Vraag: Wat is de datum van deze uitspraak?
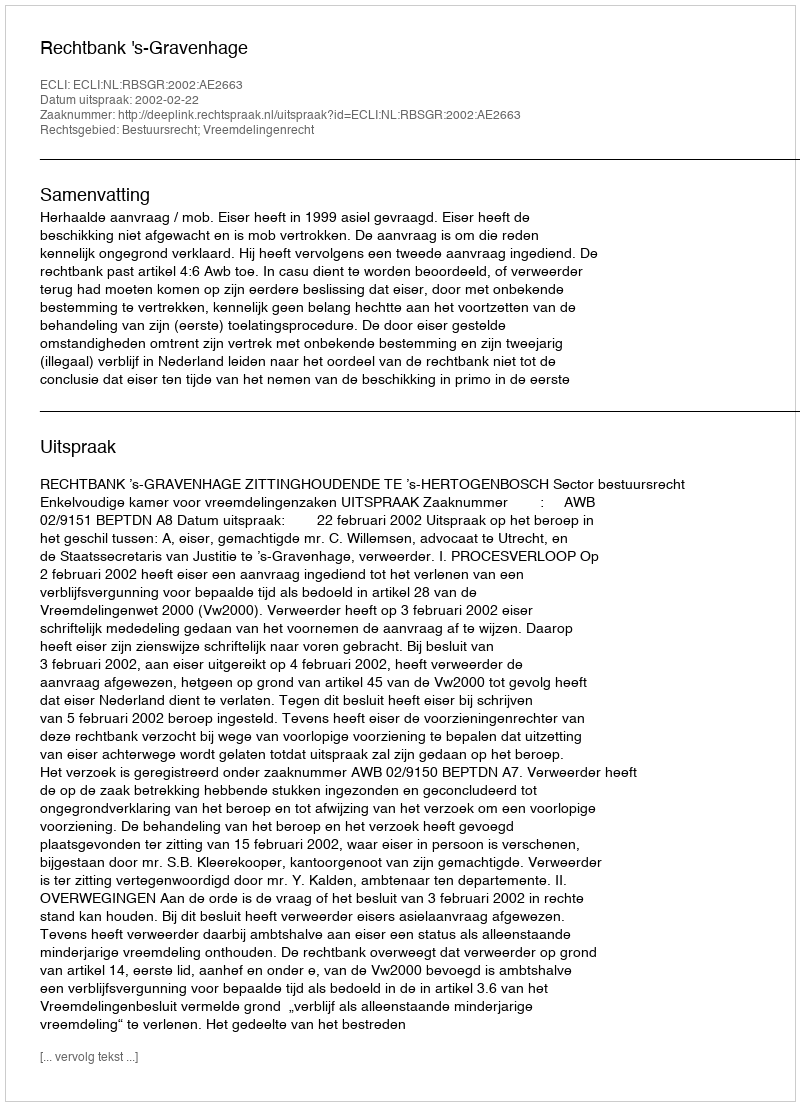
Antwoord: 2002-02-22